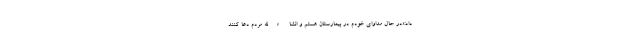
داد:«در حال مداوای خودم در بیمارستان هستم و انشاءالله مردم دعا کنند